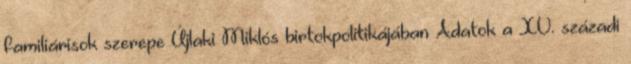
familiárisok szerepe Újlaki Miklós birtokpolitikájában Adatok a XV. századi